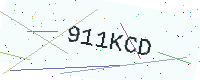
Text: 911KCD